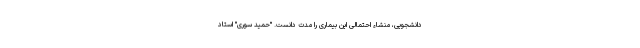
دانشجویی، منشاء احتمالی این بیماری را مدت دانست. "حمید سوری" استاد